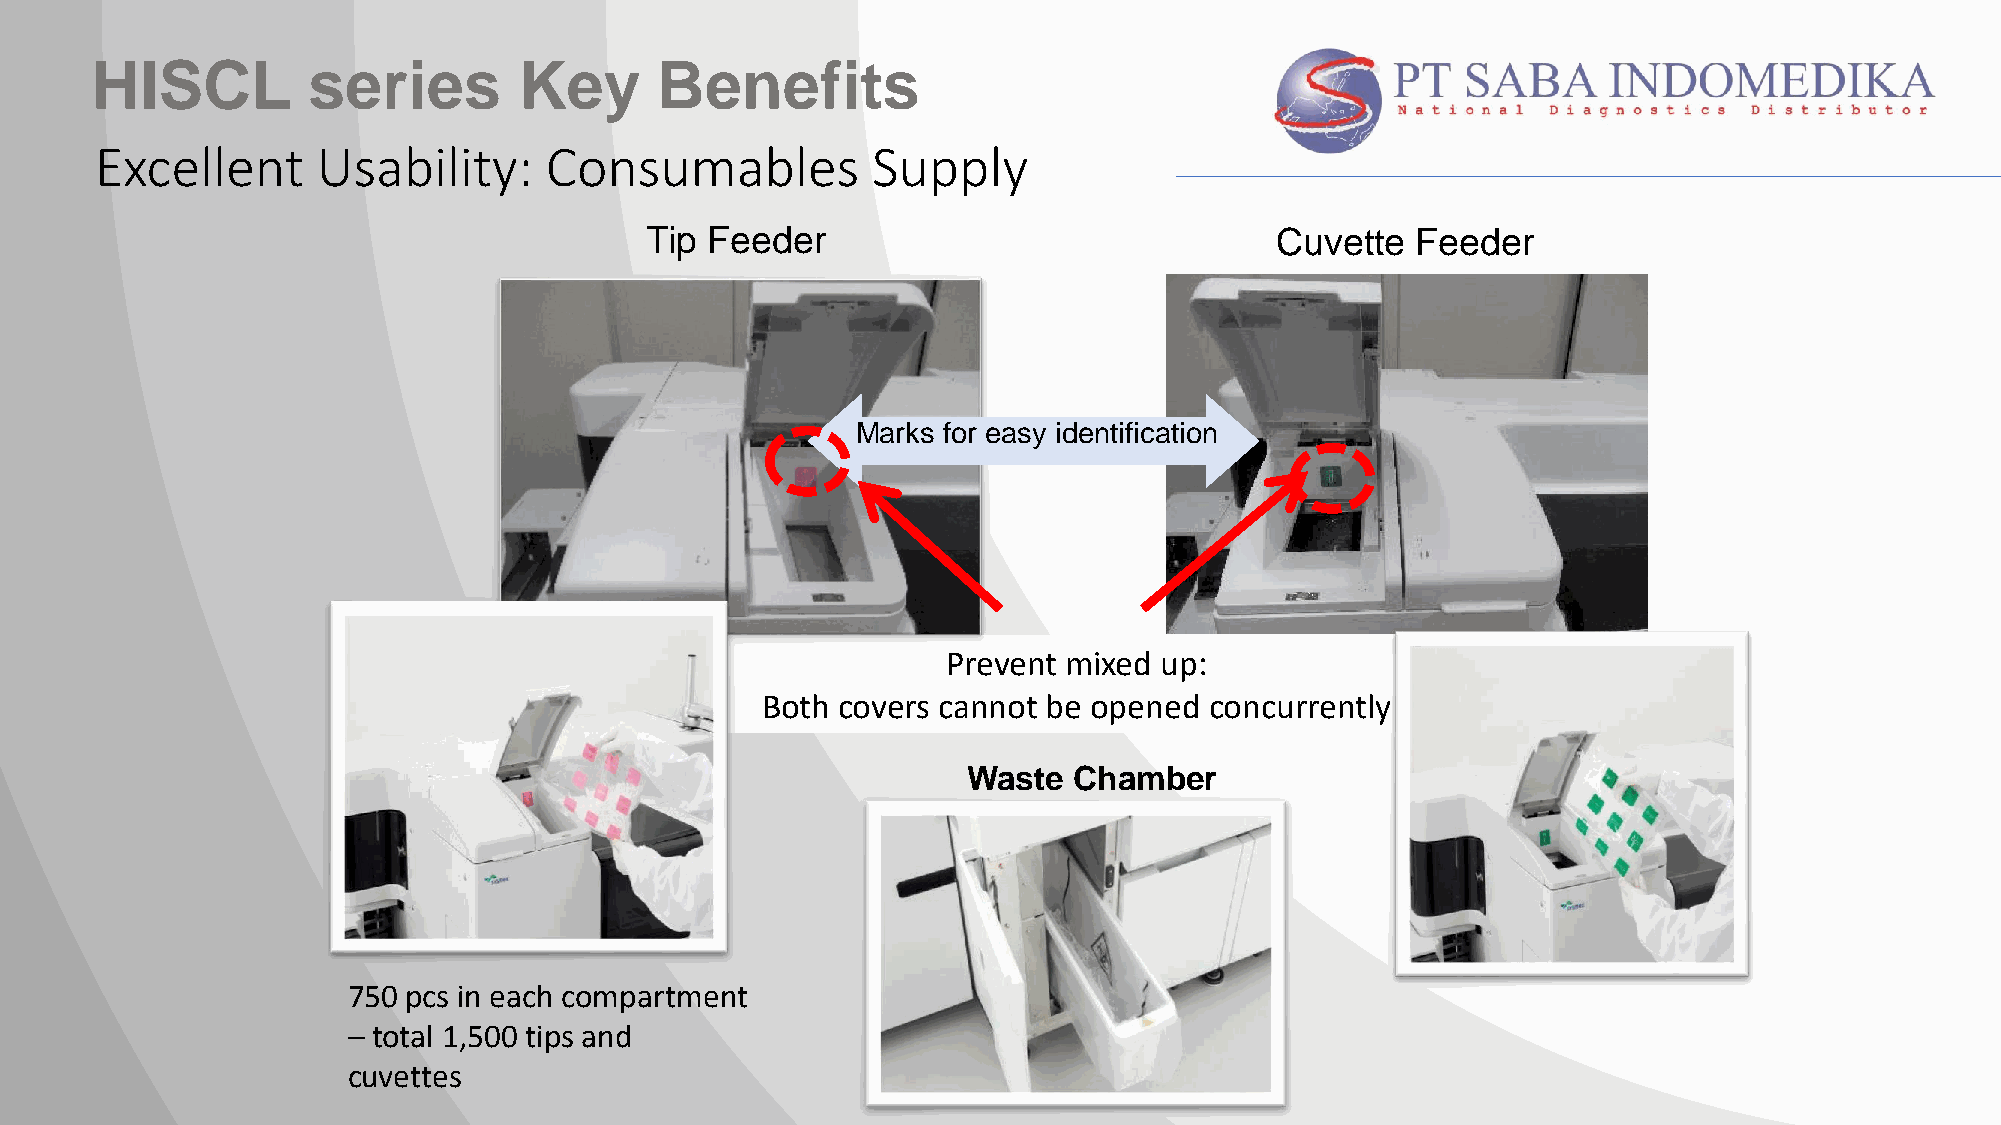
HISCL         series        Key      Benefits
 Excellent      Usability:     Consumables           Supply
 Tip Feeder                               Cuvette   Feeder
 Marks for easy identification
 Prevent mixed up:
 Both  covers cannot be opened concurrently
 Waste  Chamber
 750 pcs in each compartment
 – total 1,500 tips and
 Amazing in Togetherness
 cuvettes